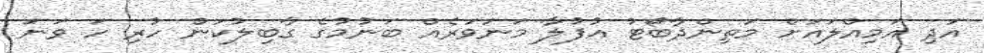
އަދި އަމިއްލައަށް މަތިންދާބޯޓު އުފުލާ މަނަވަރެއް ބަނުމުގެ ގާބިލުކަން ހުރި ހަ ވަނަ